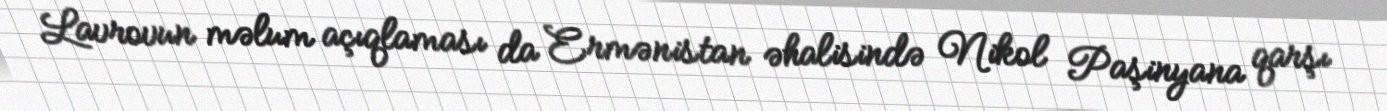
Lavrovun məlum açıqlaması da Ermənistan əhalisində Nikol Paşinyana qarşı